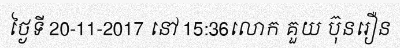
ថ្ងៃទី 20-11-2017 នៅ 15:36លោក គួយ ប៊ុនរឿន